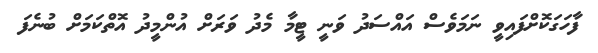
ފާހަގަކޮށްފައިވީ ނަމަވެސް އައްސަދު ވަނީ ޓީމާ މެދު ވަރަށް އުންމީދު އޮތްކަމަށް ބުނެފަ